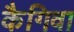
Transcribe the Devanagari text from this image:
कैगिवा